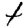
Digit: 4